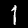
Label: 1